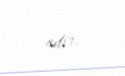
edir.